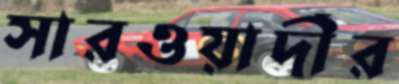
সারওয়ার্দীর